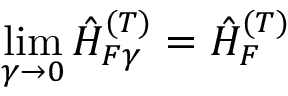
\operatorname* { l i m } _ { \gamma \to 0 } \hat { H } _ { F \gamma } ^ { ( T ) } = \hat { H } _ { F } ^ { ( T ) }